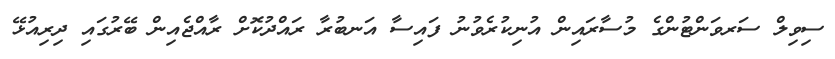
ސިވިލް ސަރވަންޓުންގެ މުސާރައިން އުނިކުރެވުނު ފައިސާ އަނބުރާ ރައްދުކޮށް ރާއްޖެއިން ބޭރުގައި ދިރިއުޅޭ